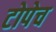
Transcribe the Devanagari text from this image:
टोपेच